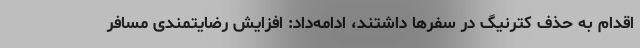
اقدام به حذف کترنیگ در سفرها داشتند، ادامه‌داد: افزایش رضایتمندی مسافر